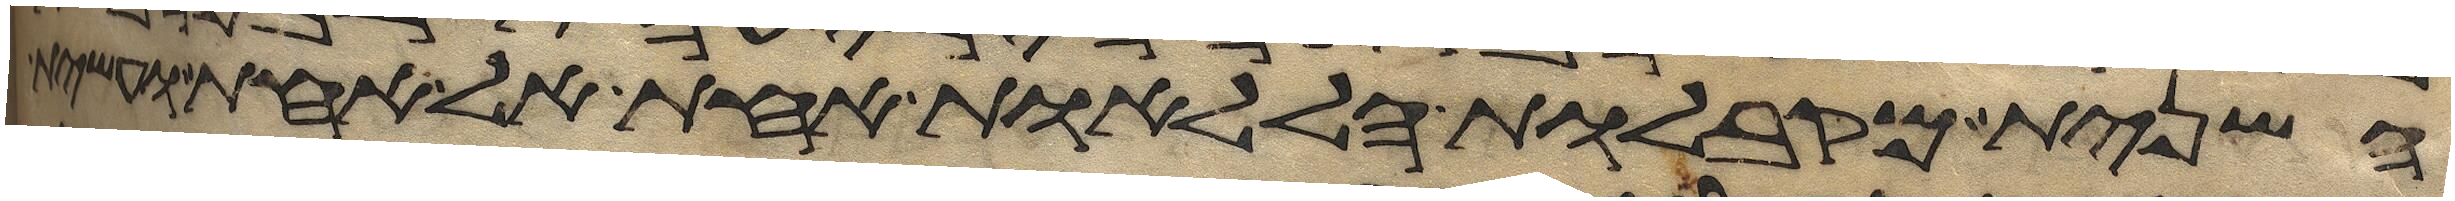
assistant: השנית מקבלות הללאות אחת אל אחת